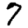
Digit: 7